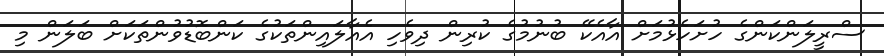
ސްރީލަންކަންގެ ހުށަހެޅުމަށް އާއެކޭ ބުނުމުގެ ކުރިން ދިވެހި އެއާލައިންތަކުގެ ކަންބޮޑުވުންތަކަށް ބަލަން މި